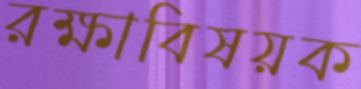
রক্ষাবিষয়ক